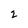
Character: 2